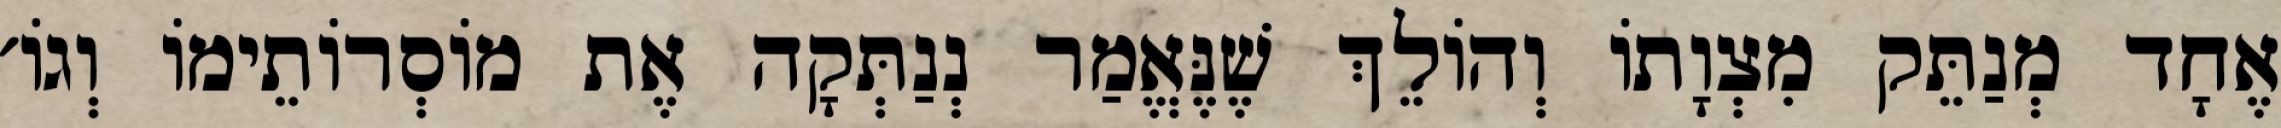
אֶחָד מְנַתֵּק מִצְוָתוֹ וְהוֹלֵךְ שֶׁנֶּאֱמַר נְנַתְּקָה אֶת מוֹסְרוֹתֵימוֹ וְגוֹ׳